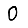
Digit: 0